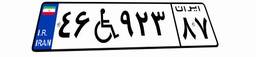
۴۹W۳۷۸۴۹